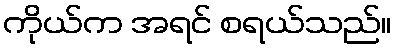
ကိုယ်က အရင် စရယ်သည်။